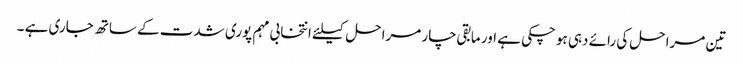
تین مراحل کی رائے دہی ہوچکی ہے اور مابقی چار مراحل کیلئے انتخابی مہم پوری شدت کے ساتھ جاری ہے ۔